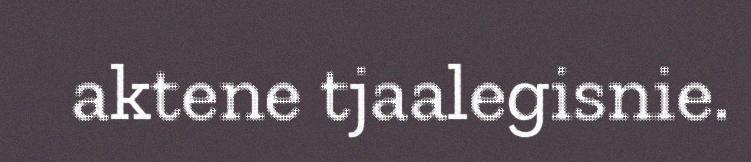
aktene tjaalegisnie.